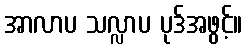
အာလာပ သလ္လာပ ပုဒ်အဖွင့်။